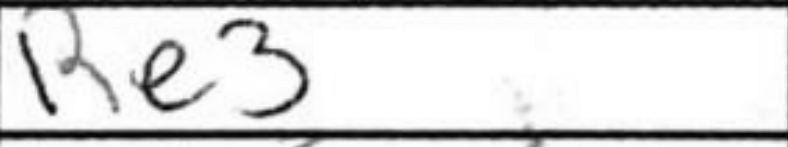
Transcription: Re3